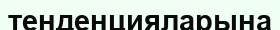
тенденцияларына